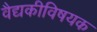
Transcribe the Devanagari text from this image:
वैद्यकीविषयक